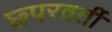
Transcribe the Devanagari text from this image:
छ्परवर्ती